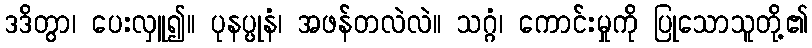
ဒဒိတွာ၊ ပေးလှူ၍။ ပုနပ္ပုနံ၊ အဖန်တလဲလဲ။ သဂ္ဂံ၊ ကောင်းမှုကို ပြုသောသူတို့၏